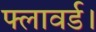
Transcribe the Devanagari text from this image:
फ्लावर्ड।